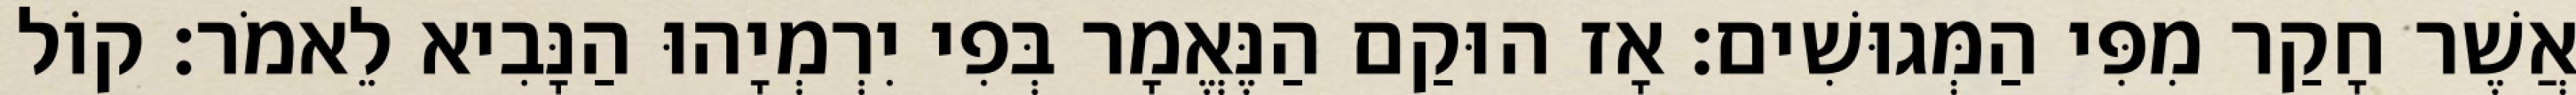
אֲשֶׁר חָקַר מִפִּי הַמְּגוּשִׁים׃ אָז הוּקַם הַנֶּאֱמָר בְּפִי יִרְמְיָהוּ הַנָּבִיא לֵאמֹר׃ קוֹל